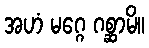
အဟံ မဂ္ဂေ ဂစ္ဆာမိ။